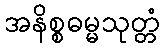
အနိစ္စဓမ္မသုတ္တံ